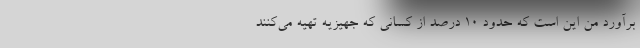
برآورد من این است که حدود 10 درصد از کسانی که جهیزیه تهیه می‌کنند